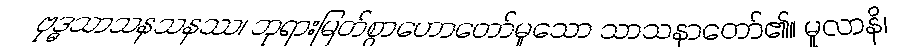
ဗုဒ္ဓသာသနသနဿ၊ ဘုရားမြတ်စွာဟောတော်မူသော သာသနာတော်၏။ မူလာနိ၊